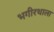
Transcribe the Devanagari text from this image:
भगीरथाला